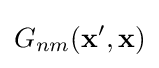
G_{nm}(\mathbf {x} ',\mathbf {x} )